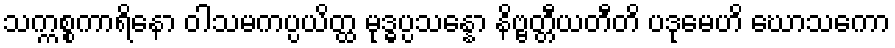
သက္ကစ္စကာရိနော ဝါသမကပ္ပယိတ္ထ မုဒ္ဓပ္ပသန္နော နိဗ္ဗတ္တီယတီတိ ပဒုမေဟိ ဃောသကော